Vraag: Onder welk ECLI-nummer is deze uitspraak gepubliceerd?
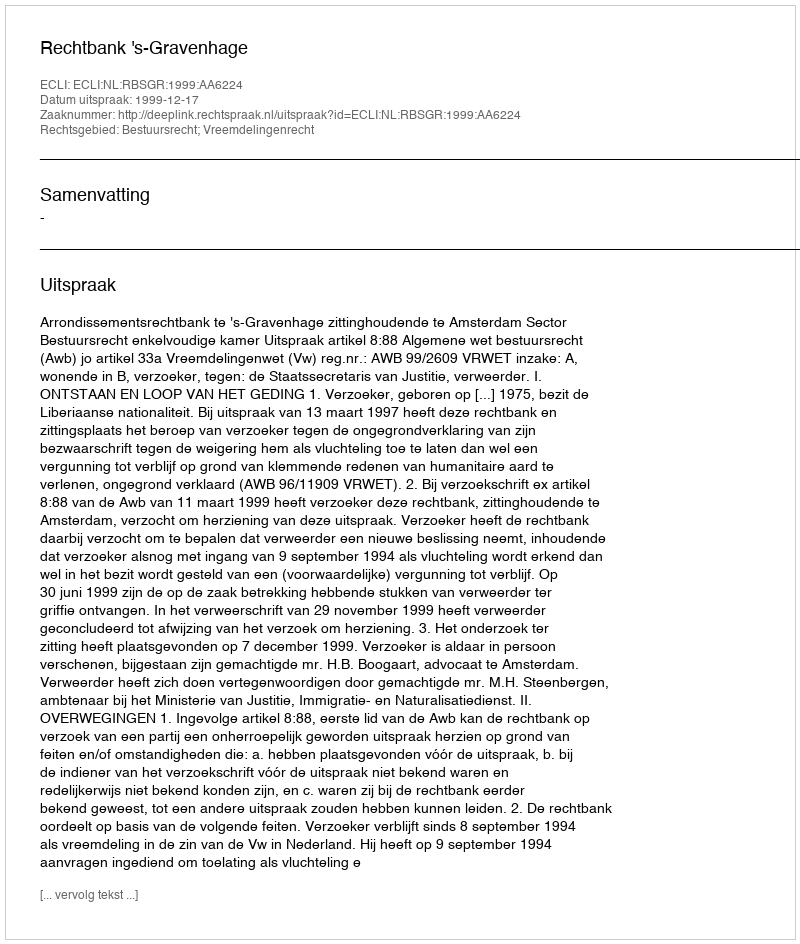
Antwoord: ECLI:NL:RBSGR:1999:AA6224